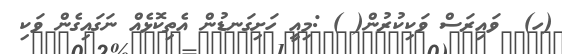
(ހ)  ވައިރަސް ވަކިކުރުން( ) :މިއީ ހަށިގަނޑުން އެތިކޮޅެއް ނަގައިގެން ވަކި